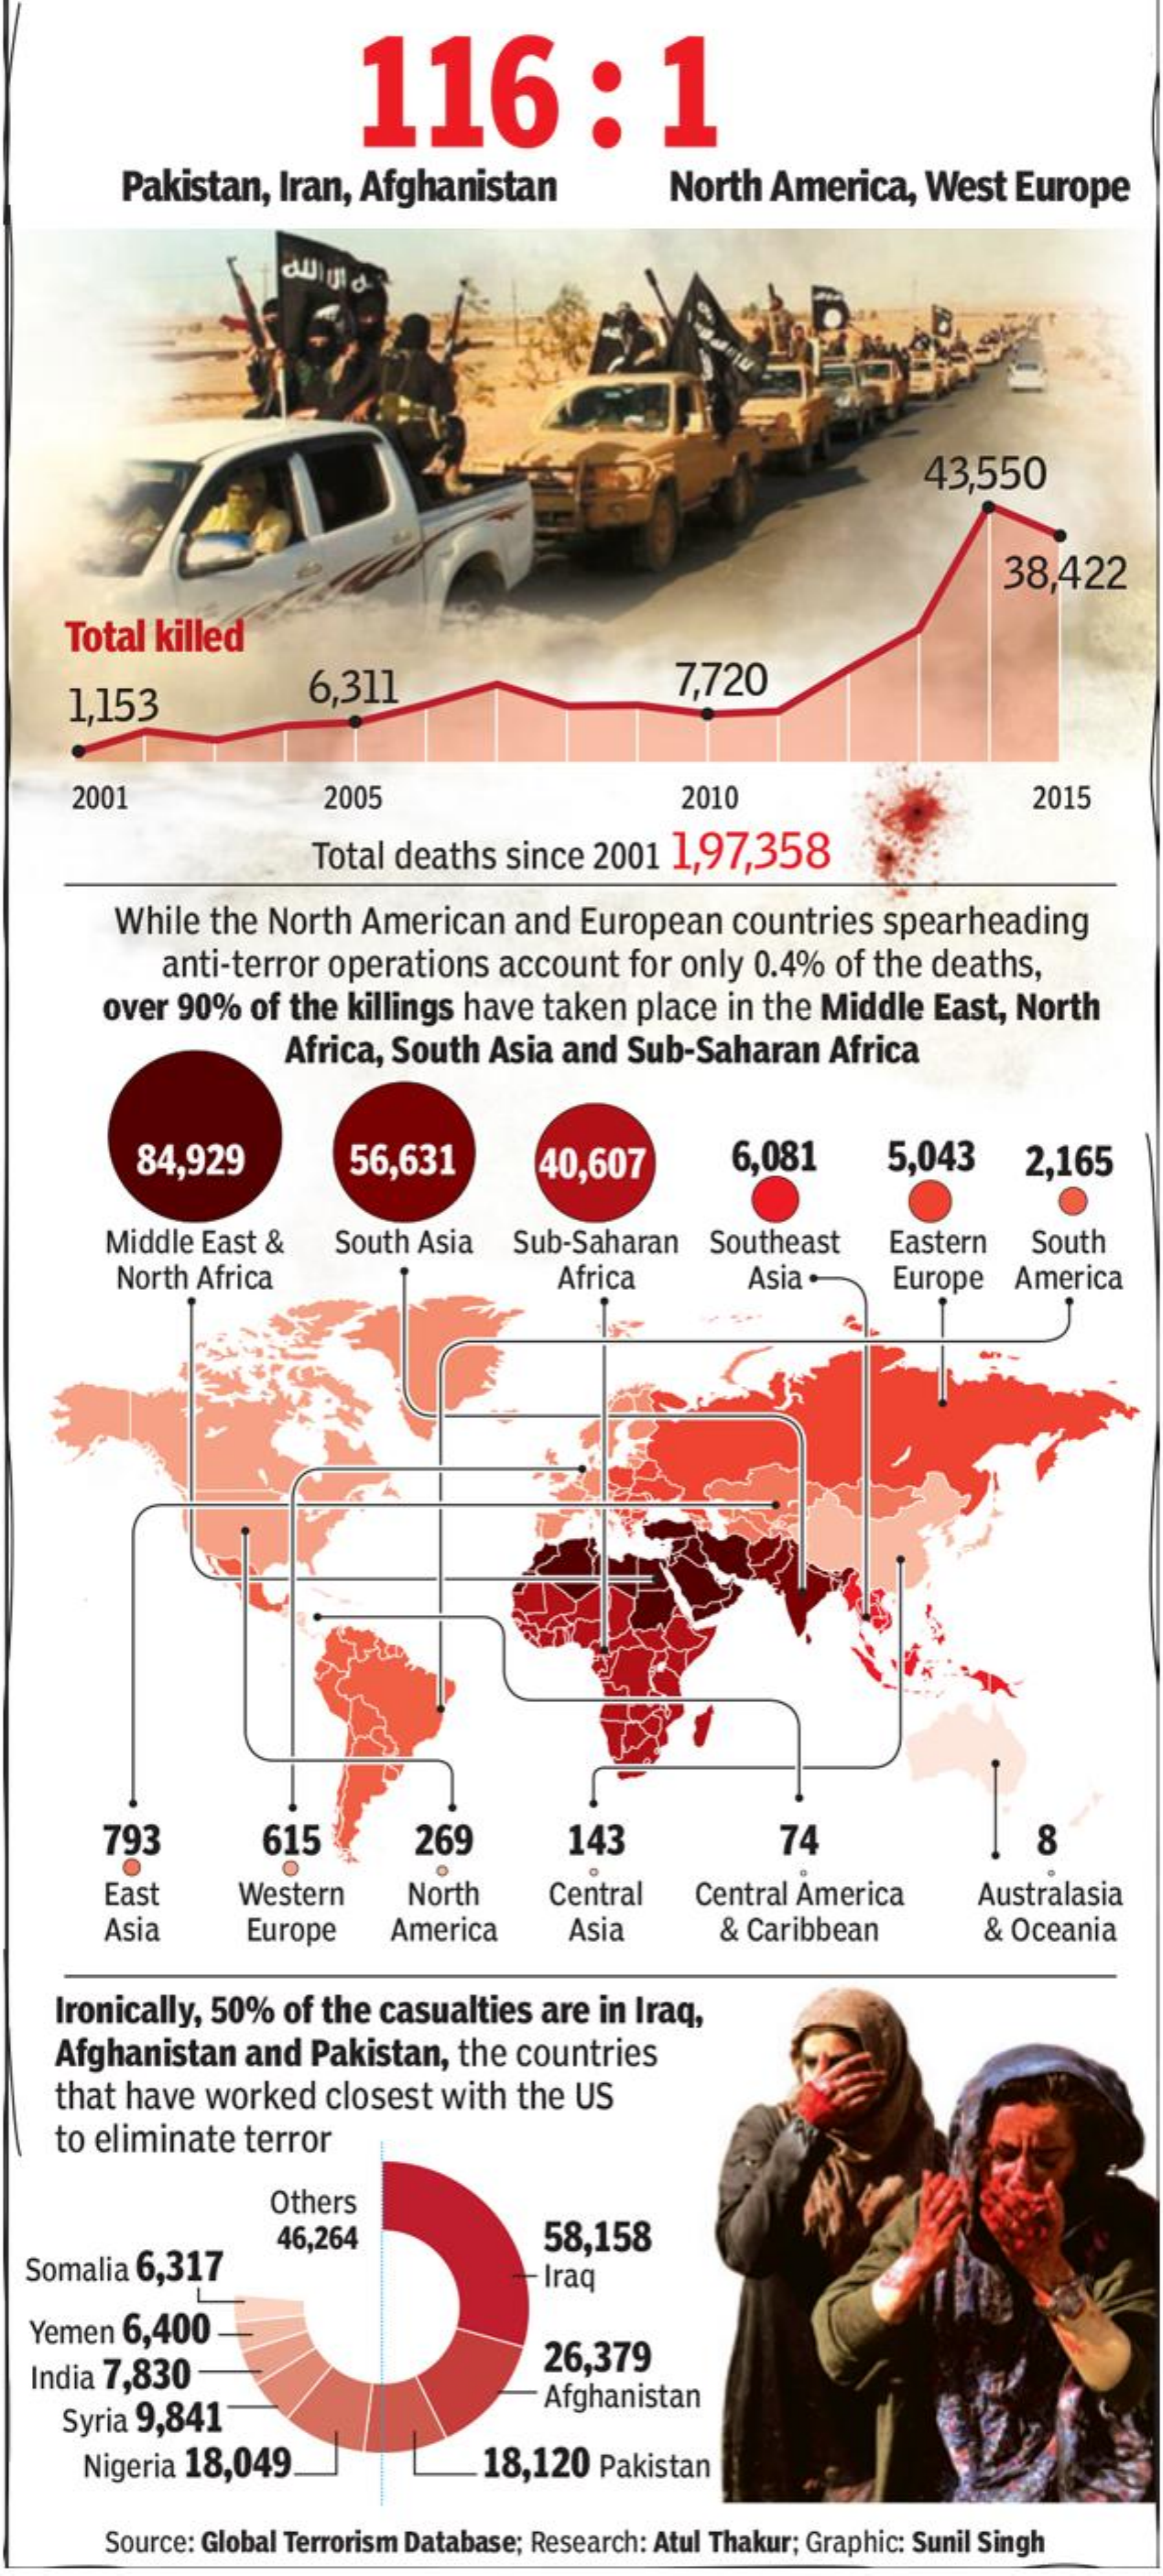
116:1
     Pakistan,  Iran,  Afghanistan    North  America,    West   Europe
     43,550
     38,422
     Total killed
     1,153    6,311    7,720
     2001    2005    2010    2015
     Total deaths  since  2001  1,97,358
     While the North  American    and  European   countries  spearheading
     anti-terror operations   account  for only 0.4%  of the deaths,
     over 90%  of the  killings have taken  place in the Middle   East, North
     Africa, South  Asia and  Sub-Saharan    Africa
     84,929    56,631    40,607    6,081    5,043    2,165
     Middle East &    South Asia   Sub-Saharan   Southeast    Eastern   South
     North Africa    Africa    Asia    Europe  America
     793    615    269    143    74    8
     East    Western    North    Central   Central America    Australasia
     Asia    Europe    America    Asia    & Caribbean    & Oceania
    Ironically, 50%  of the casualties  are in Iraq,
    Afghanistan   and  Pakistan,  the countries
    that have  worked   closest  with the US
    to eliminate  terror
     Others
  Somalia 6,317
     46,264    58,158
     Iraq
  Yemen  6,400
  India 7,830    26,379
     Syria 9,841
     Afghanistan
     Nigeria 18,049.    18,120  Pakistan
     Source: Global Terrorism Database; Research: Atul Thakur; Graphic: Sunil Singh